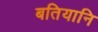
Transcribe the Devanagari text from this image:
बतियानि